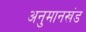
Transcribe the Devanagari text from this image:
अनुमानखंड